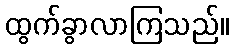
ထွက်ခွာလာကြသည်။